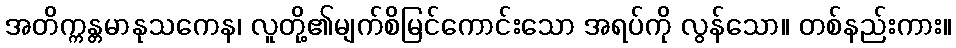
အတိက္ကန္တမာနုသကေန၊ လူတို့၏မျက်စိမြင်ကောင်းသော အရပ်ကို လွန်သော။ တစ်နည်းကား။